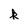
Character: k